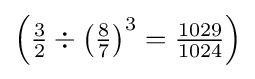
\left({\tfrac {3}{2}}\div \left({\tfrac {8}{7}}\right)^{3}={\tfrac {1029}{1024}}\right)